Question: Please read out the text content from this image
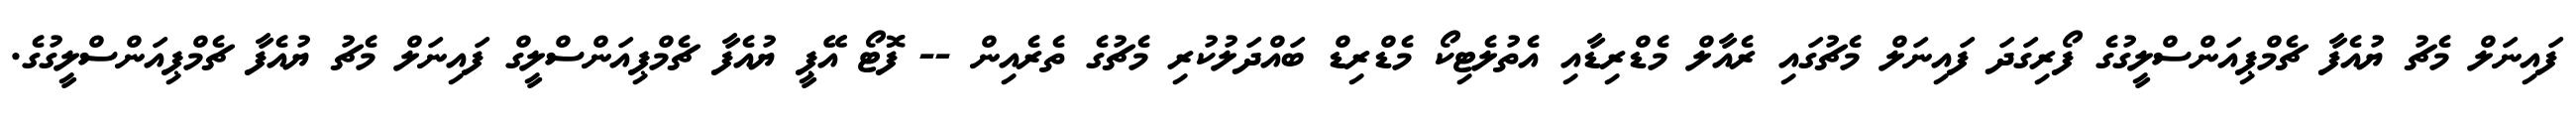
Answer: ފައިނަލް މެޗު ޔުއެފާ ޗެމްޕިއަންސްލީގުގެ ފޯރިގަދަ ފައިނަލް މެޗުގައި ރެއާލް މެޑްރިޑާއި އެތުލެޓިކޯ މެޑްރިޑް ބައްދަލުކުރި މެޗުގެ ތެރެއިން -- ފޮޓޯ އޭޕީ ޔުއެފާ ޗެމްޕިއަންސްލީގް ފައިނަލް މެޗު ޔުއެފާ ޗެމްޕިއަންސްލީގުގެ.